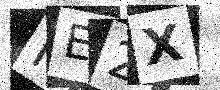
Text: NE2X